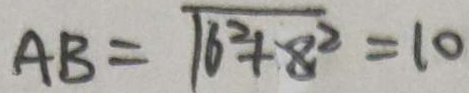
A B = \sqrt { 6 ^ { 2 } + 8 ^ { 2 } } = 1 0